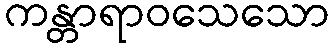
ကန္တာရာဝသေသော